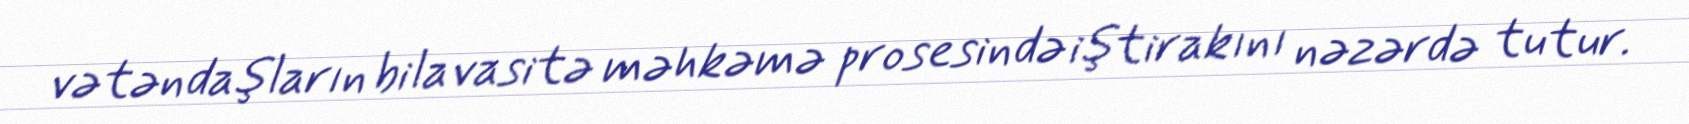
vətəndaşların bilavasitə məhkəmə prosesində iştirakını nəzərdə tutur.